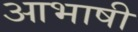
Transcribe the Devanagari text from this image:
आभाषी